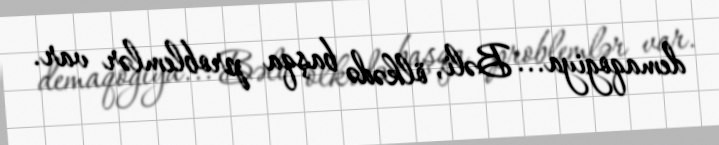
demaqogiya... Bəli, ölkədə başqa problemlər var.